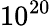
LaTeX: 10^{20}